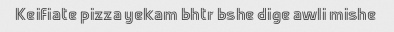
Keifiate pizza yekam bhtr bshe dige awli mishe